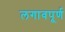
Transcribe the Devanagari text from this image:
लगावपूर्ण